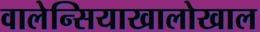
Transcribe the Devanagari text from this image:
वालेन्सियाखालोखाल